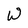
Character: W